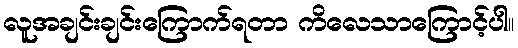
လူအချင်းချင်းကြောက်ရတာ ကိလေသာကြောင့်ပါ။